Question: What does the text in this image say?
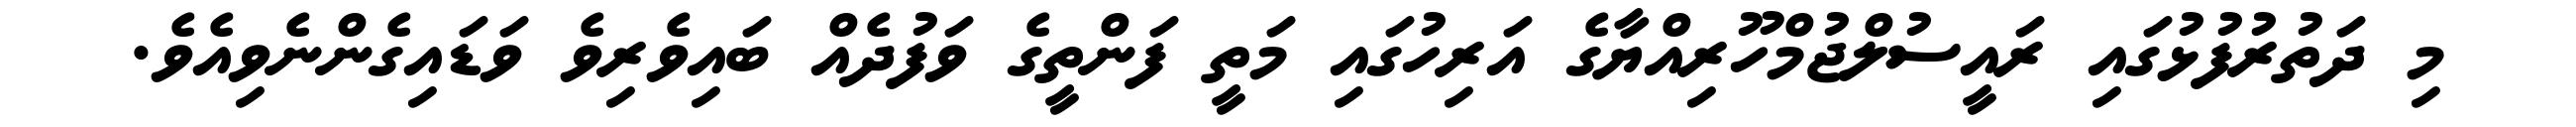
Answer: މި ދަތުރުފުޅުގައި ރައީސުލްޖުމްހޫރިއްޔާގެ އަރިހުގައި މަތީ ފަންތީގެ ވަފުދެއް ބައިވެރިވެ ވަޑައިގެންނެވިއެވެ.